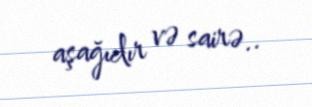
aşağıdır və sairə..